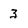
Character: 3